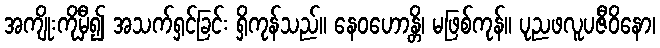
အကျိုးကိုမှီ၍ အသက်ရှင်ခြင်း ရှိကုန်သည်။ နေဝဟောန္တိ၊ မဖြစ်ကုန်။ ပုညဖလူပဇီဝိနော၊